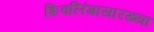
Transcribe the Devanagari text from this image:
शिवलिंगासारख्या